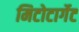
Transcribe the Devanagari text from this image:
मिटोटार्गेट